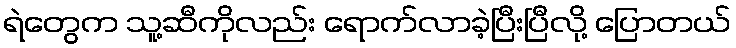
ရဲတွေက သူ့ဆီကိုလည်း ရောက်လာခဲ့ပြီးပြီလို့ ပြောတယ်